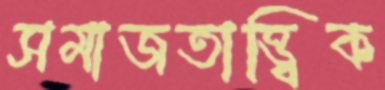
সমাজতাত্ত্বিক